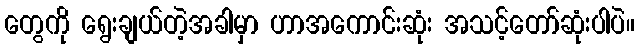
တွေကို ရွေးချယ်တဲ့အခါမှာ ဟာအကောင်းဆုံး အသင့်တော်ဆုံးပါပဲ။